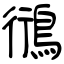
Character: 鴴